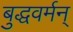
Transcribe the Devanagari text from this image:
बुद्धवर्मन्